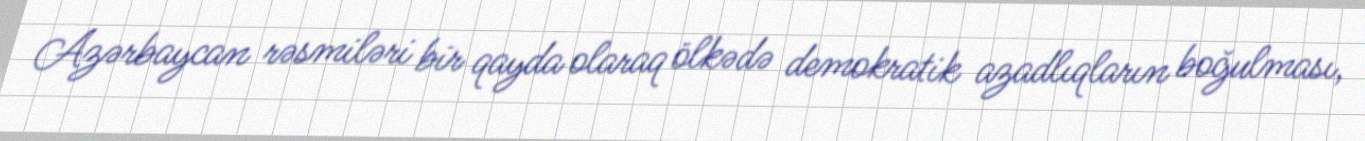
Azərbaycan rəsmiləri bir qayda olaraq ölkədə demokratik azadlıqların boğulması,